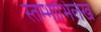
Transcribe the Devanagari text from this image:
स्तम्भाभिलेख